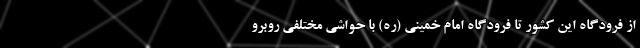
از فرودگاه این کشور تا فرودگاه امام خمینی (ره) با حواشی مختلفی روبرو